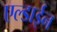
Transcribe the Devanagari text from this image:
एल्डाईन